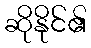
ဆိုနိုင်၏